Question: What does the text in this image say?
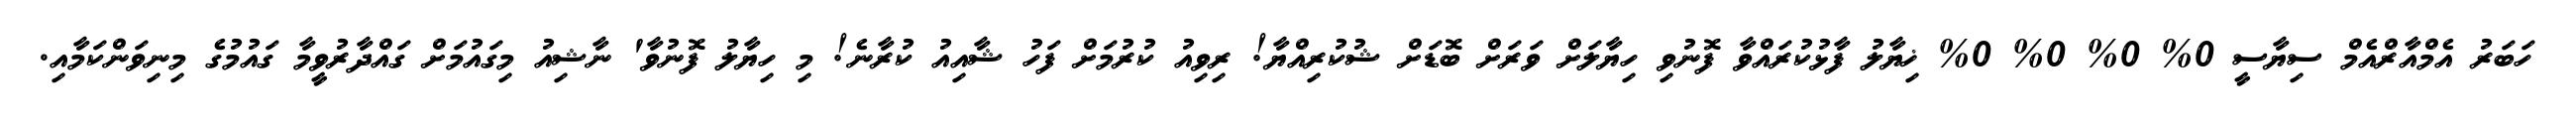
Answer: ހަބަރު އެމްއާރްއެމް ސިޔާސީ 0% 0% 0% 0% ޚިޔާލު ފާޅުކުރައްވާ ފޮނުވި ހިޔާލަށް ވަރަށް ބޮޑަށް ޝުކުރިއްޔާ! ރިވިއު ކުރުމަށް ފަހު ޝާއިއު ކުރާނެ! މި ހިޔާލު ފޮނުވާ' ނާޝިއު މިގައުމަށް ގައްދާރުވީމާ ގައުމުގެ މިނިވަންކަމާއި.